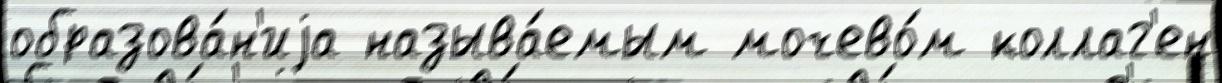
образова́н'иjа называ́емым мочево́м коллаг'ен